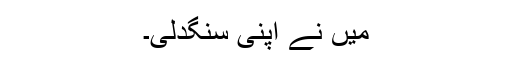
میں نے اپنی سنگدلی۔